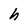
Character: h